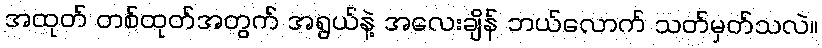
အထုတ် တစ်ထုတ်အတွက် အရွယ်နဲ့ အလေးချိန် ဘယ်လောက် သတ်မှတ်သလဲ။